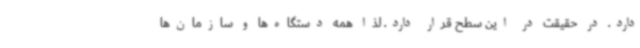
دارد. در حقیقت در این سطح قرار دارد. لذا همه دستگاه‌ها و سازمان‌ها